Annual administration report of the Bombay Presidency - 1887-1892
Year: 1887
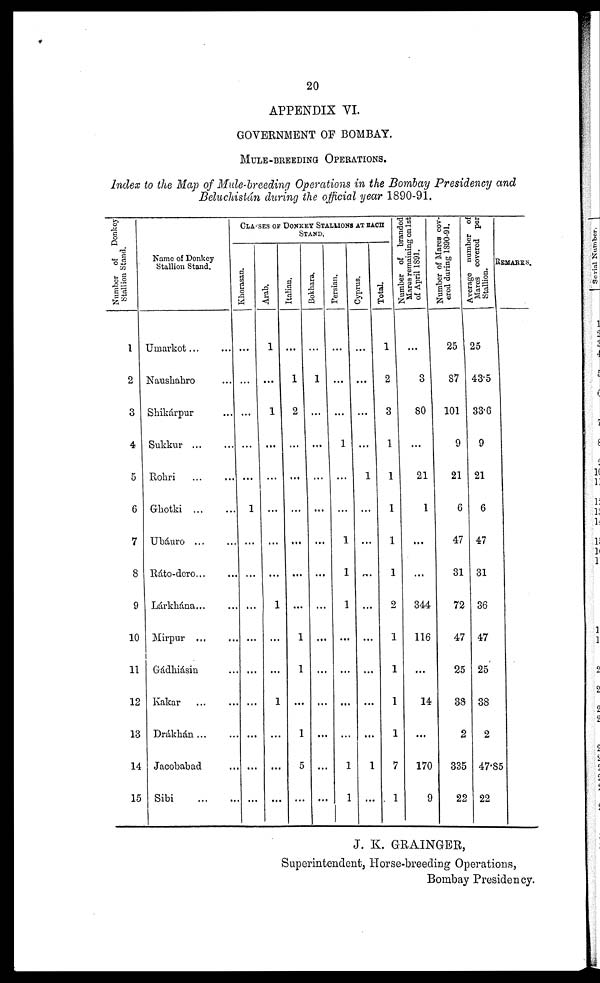
20
APPENDIX VI.
GOVERNMENT OF BOMBAY.
MULE-BREEDING OPERATIONS.
Index to the Map of Mule-breeding Operations in the Bombay Presidency and
Beluchistán during the official year 1890-91.
Number of
Donkey
Stallion Stand.
1
2
3
4
5
6
7
8
9
10
11
12
13
14
15
Name of Donkey
Stallion Stand.
Umarkot ... ...
Naushahro ...
Shikárpur ...
Sukkur ... ...
Rohri
...
...
Grhotki ... ...
Ubáuro ... ...
Ráto-dero ... ...
Lárkhána... ...
Mirpur ... ...
Gádhiásin ...
Kakar ... ...
Drákhán ... ...
Jacobabad
Sibi
...
...
CLASSES OF DONKEY STALLION AT EACH
Khorasan.
...
...
...
...
...
1
...
...
...
...
...
...
...
...
...
Arab.
1
...
1
...
...
...
...
...
1
...
...
1
...
...
...
Italian.
...
1
2
...
...
...
...
...
...
1
1
...
1
5
...
Bokhara.
...
1
...
...
...
...
...
...
...
...
...
...
...
...
...
Persian.
...
...
...
1
...
...
1
1
1
...
...
...
...
1
1
Cyprus.
...
...
...
...
1
...
...
...
...
...
...
...
...
1
...
Total.
1
2
3
1
1
1
1
1
2
1
1
1
1
7
1
Number of branded
Mares
remaining on 1st
of April 1891.
...
3
80
...
21
1
...
...
344
116
...
14
...
170
9
N umber of Mares cov-
ered during 1890-91.
25
87
101
9
21
6
47
31
72
47
25
38
2
335
22
Average number of
Mares covered per
Stallion.
25
43.5
33.6
9
21
6
47
31
36
47
25
38
2
47.85
22
REMARKS.
J. K. GRAINGER,
Superintendent, Horse-breeding Operations,
Bombay Presidency.